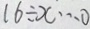
1 6 \div x \cdots 0